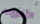
الأخريات